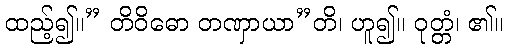
ထည့်၍။” တိဝိဓော တဏှာယာ”တိ၊ ဟူ၍။ ဝုတ္တံ၊ ၏။